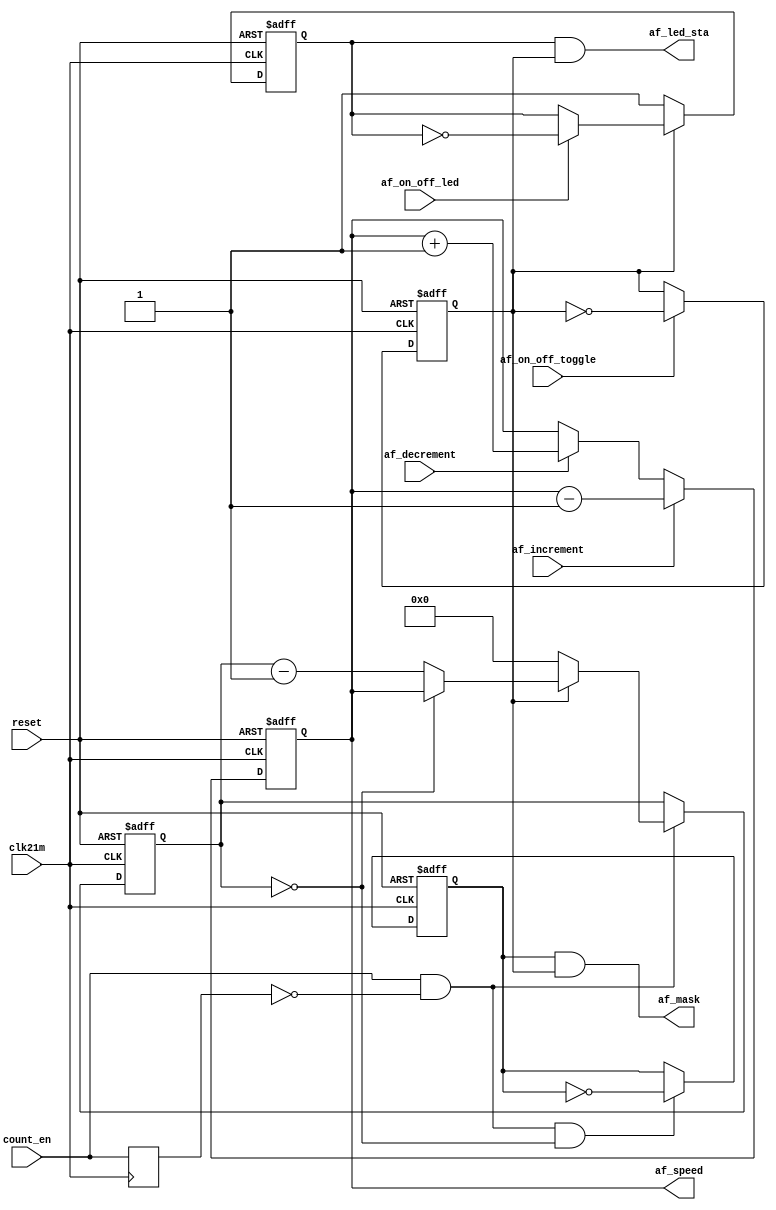
//
// autofire.v
//   Autofire
//   Version 1.00
//
// Copyright (c) 2021 Takayuki Hara
// All rights reserved.
//
// Redistribution and use of this source code or any derivative works, are
// permitted provided that the following conditions are met:
//
// 1. Redistributions of source code must retain the above copyright notice,
//    this list of conditions and the following disclaimer.
// 2. Redistributions in binary form must reproduce the above copyright
//    notice, this list of conditions and the following disclaimer in the
//    documentation and/or other materials provided with the distribution.
// 3. Redistributions may not be sold, nor may they be used in a commercial
//    product or activity without specific prior written permission.
//
// THIS SOFTWARE IS PROVIDED BY THE COPYRIGHT HOLDERS AND CONTRIBUTORS
// "AS IS" AND ANY EXPRESS OR IMPLIED WARRANTIES, INCLUDING, BUT NOT LIMITED
// TO, THE IMPLIED WARRANTIES OF MERCHANTABILITY AND FITNESS FOR A PARTICULAR
// PURPOSE ARE DISCLAIMED. IN NO EVENT SHALL THE COPYRIGHT OWNER OR
// CONTRIBUTORS BE LIABLE FOR ANY DIRECT, INDIRECT, INCIDENTAL, SPECIAL,
// EXEMPLARY, OR CONSEQUENTIAL DAMAGES (INCLUDING, BUT NOT LIMITED TO,
// PROCUREMENT OF SUBSTITUTE GOODS OR SERVICES; LOSS OF USE, DATA, OR PROFITS;
// OR BUSINESS INTERRUPTION) HOWEVER CAUSED AND ON ANY THEORY OF LIABILITY,
// WHETHER IN CONTRACT, STRICT LIABILITY, OR TORT (INCLUDING NEGLIGENCE OR
// OTHERWISE) ARISING IN ANY WAY OUT OF THE USE OF THIS SOFTWARE, EVEN IF
// ADVISED OF THE POSSIBILITY OF SUCH DAMAGE.
//
// ============================================================================
// History
// 2021/Aug/05  t.hara
//   1st release
// 2021/Aug/09  t.hara
//   The autofire speed is now cycled up and down.
//   It can be turned on and off independently of the autofire speed.
// 2023/May/16  KdL
//   Added on/off LED toggle.
// ============================================================================

module autofire (
        input           clk21m,
        input           reset,
        input           count_en,
        input           af_on_off_led,
        input           af_on_off_toggle,
        input           af_increment,
        input           af_decrement,
        output          af_led_sta,
        output          af_mask,
        output  [3:0]   af_speed
    );
    reg                 ff_led_sta;         //  0: OFF, 1: ON
    reg                 ff_enable;          //  0: OFF, 1: ON
    reg                 ff_count_en;
    reg     [3:0]       ff_af_speed;
    reg     [3:0]       ff_af_count;
    wire                w_count_en;
    reg                 ff_af_mask;

    always @( posedge clk21m ) begin
        ff_count_en <= count_en;
    end

    assign w_count_en   = count_en & ~ff_count_en;

    always @( posedge reset or posedge clk21m ) begin
        if( reset ) begin
            ff_led_sta <= 1'b1;
        end
        else if( !ff_enable ) begin
            ff_led_sta <= 1'b1;
        end
        else if( af_on_off_led ) begin
            ff_led_sta <= ~ff_led_sta;
        end
        else begin
            //  hold
        end
    end

    always @( posedge reset or posedge clk21m ) begin
        if( reset ) begin
            ff_enable <= 1'b0;
        end
        else if( af_on_off_toggle ) begin
            ff_enable <= ~ff_enable;
        end
        else begin
            //  hold
        end
    end

    always @( posedge reset or posedge clk21m ) begin
        if( reset ) begin
            ff_af_speed <= 4'b1111;
        end
        else if( af_increment ) begin
            ff_af_speed <= ff_af_speed - 4'd1;
        end
        else if( af_decrement ) begin
            ff_af_speed <= ff_af_speed + 4'd1;
        end
    end

    always @( posedge reset or posedge clk21m ) begin
        if( reset ) begin
            ff_af_count <= 4'd0;
        end
        else if( w_count_en ) begin
            if( !ff_enable ) begin
                ff_af_count <= 4'd0;
            end
            else if( ff_af_count == 4'd0 ) begin
                ff_af_count <= ff_af_speed;
            end
            else begin
                ff_af_count <= ff_af_count - 4'd1;
            end
        end
        else begin
            //  hold
        end
    end

    always @( posedge reset or posedge clk21m ) begin
        if( reset ) begin
            ff_af_mask <= 1'd0;
        end
        else if( w_count_en && (ff_af_count == 4'd0) ) begin
            ff_af_mask <= ~ff_af_mask;
        end
        else begin
            //  hold
        end
    end

    assign af_led_sta = ff_led_sta & ff_enable;
    assign af_mask    = ff_af_mask & ff_enable;
    assign af_speed   = ff_af_speed;
endmodule